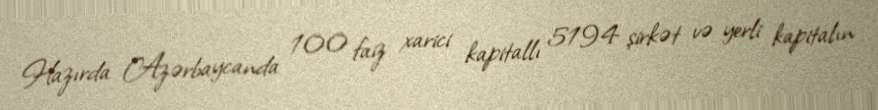
Hazırda Azərbaycanda 100 faiz xarici kapitallı 5194 şirkət və yerli kapitalın